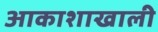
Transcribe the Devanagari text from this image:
आकाशाखाली